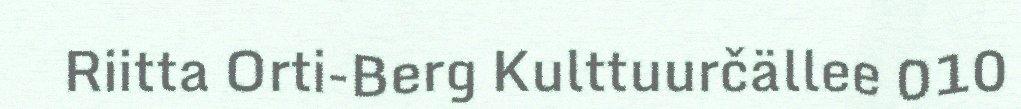
Riitta Orti-Berg Kulttuurčällee 010